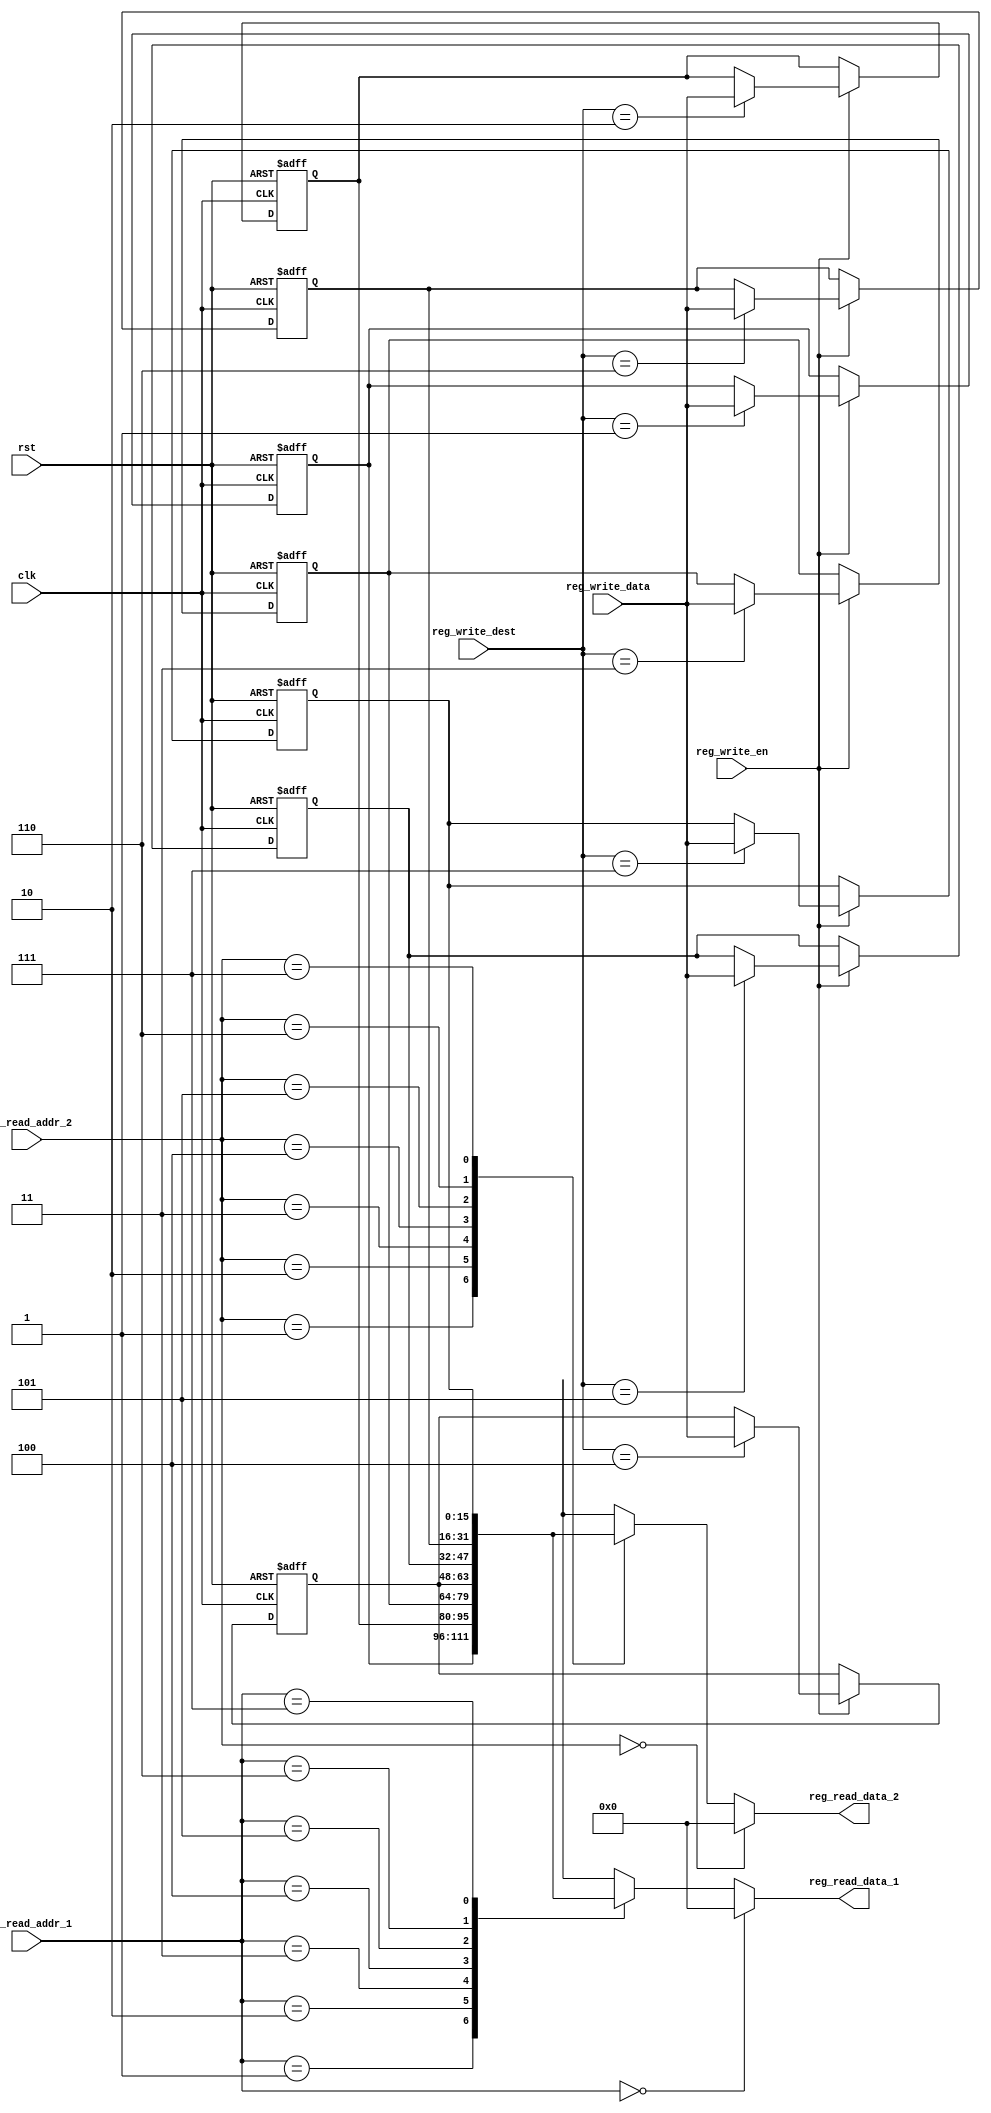
module register_file
(
	input				clk,
	input				rst,
	
	// write port
	input				reg_write_en,
	input		[2:0]	reg_write_dest,
	input		[15:0]	reg_write_data,
	
	//read port 1
	input		[2:0]	reg_read_addr_1,
	output		[15:0]	reg_read_data_1,
	//read port 2
	input		[2:0]	reg_read_addr_2,
	output		[15:0]	reg_read_data_2
);
	reg	[15:0]	reg_array [7:0];
	
	// write port
	//reg [2:0] i;
	always @ (posedge clk or posedge rst) begin
		if(rst) begin
			// for(i=0; i<8; i=i+1)
				// reg_array[i] <= 15'b0;
			reg_array[0] <= 15'b0;
			reg_array[1] <= 15'b0;
			reg_array[2] <= 15'b0;
			reg_array[3] <= 15'b0;
			reg_array[4] <= 15'b0;
			reg_array[5] <= 15'b0;
			reg_array[6] <= 15'b0;
			reg_array[7] <= 15'b0;	
		end
		else begin
			if(reg_write_en) begin
				reg_array[reg_write_dest] <= reg_write_data;
			end
		end
		
	end
	
	//read port 1
	// always @ (*) begin
		// if( reg_read_addr_1 == 0) begin
			// reg_read_data_1 = 15'b0;
		// end
		// else begin
			// reg_read_data_1 = reg_array[reg_read_addr_1];
		// end
	// end
	assign reg_read_data_1 = ( reg_read_addr_1 == 0)? 15'b0 : reg_array[reg_read_addr_1];
	
	//read port 2
	// always @ (*) begin
		// if( reg_read_addr_2 == 0) begin
			// reg_read_data_2 = 15'b0;
		// end
		// else begin
			// reg_read_data_2 = reg_array[reg_read_addr_2];
		// end
	// end
	assign reg_read_data_2 = ( reg_read_addr_2 == 0)? 15'b0 : reg_array[reg_read_addr_2];

endmodule